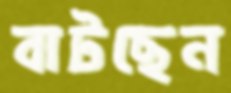
বাটছেন